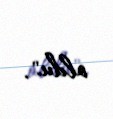
oldu".